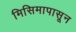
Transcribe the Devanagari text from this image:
मिसिमापासून